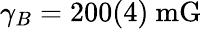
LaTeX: \gamma_{B}=200(4)~\mathrm{mG}